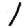
Digit: 1